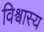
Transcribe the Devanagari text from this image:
विश्वास्य